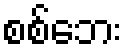
စစ်ဘေး